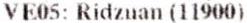
VE05: RIDZUAN (11900)